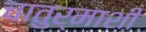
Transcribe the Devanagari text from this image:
चातुर्माशी